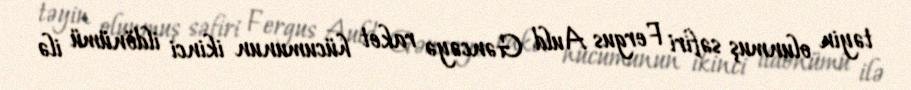
təyin olunmuş səfiri Fergus Auld Gəncəyə raket hücumunun ikinci ildönümü ilə